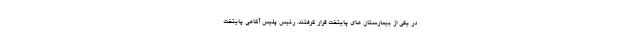
در یکی از بیمارستان های پایتخت قرار گرفتند. رئیس پلیس آگاهی پایتخت